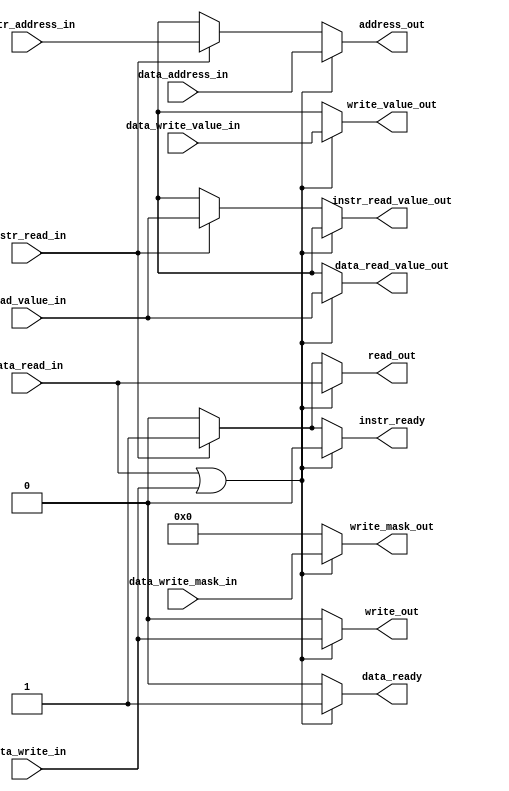
`ifndef BUS_ARBITER
`define BUS_ARBITER

module bus_arbiter (
    input [63:0] instr_address_in,
    input instr_read_in,
    output reg [63:0] instr_read_value_out,
    output reg instr_ready,
    input [63:0] data_address_in,
    input data_read_in,
    input data_write_in,
    output reg [63:0] data_read_value_out,
    input [7:0] data_write_mask_in,
    input [63:0] data_write_value_in,
    output reg data_ready,
    output reg [63:0] address_out,
    output reg read_out,
    output reg write_out,
    input [63:0] read_value_in,
    output reg [7:0] write_mask_out,
    output reg [63:0] write_value_out
);
    always @* begin
        if (data_read_in || data_write_in) begin
            address_out = data_address_in;
            read_out = data_read_in;
            write_out = data_write_in;
            instr_read_value_out = 64'bx;
            data_read_value_out = read_value_in;
            write_mask_out = data_write_mask_in;
            write_value_out = data_write_value_in;
            instr_ready = 1'b0;
            data_ready = 1'b1;
        end else if (instr_read_in) begin
            address_out = instr_address_in;
            read_out = instr_read_in;
            write_out = 1'b0;
            instr_read_value_out = read_value_in;
            data_read_value_out = 64'bx;
            write_mask_out = 8'b0;
            write_value_out = 64'bx;
            instr_ready = 1'b1;
            data_ready = 1'b0;
        end else begin
            address_out = 64'bx;
            read_out = 1'b0;
            write_out = 1'b0;
            instr_read_value_out = 64'bx;
            data_read_value_out = 64'bx;
            write_mask_out = 8'b0;
            write_value_out = 64'bx;
            instr_ready = 1'b0;
            data_ready = 1'b0;
        end
    end
endmodule

`endif